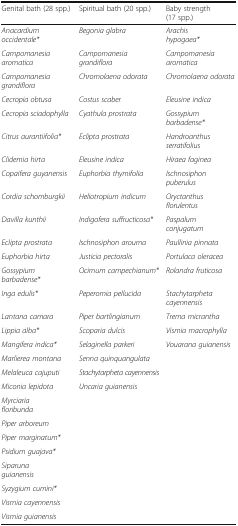
| Genital bath (28 spp.) | Spiritual bath (20 spp.) | Baby strength (17 spp.) |
 | --- | --- | --- |
 | Anacardium occidentale* | Begonia glabra | Arachis hypogaea* |
 | Campomanesia aromatica | Campomanesia grandiflora | Campomanesia aromatica |
 | Campomanesia grandiflora | Chromolaena odorata | Chromolaena odorata |
 | Cecropia obtusa | Costus scaber | Eleusine indica |
 | Cecropia sciadophylla | Cyathula prostrata | Gossypium barbadense* |
 | Citrus aurantiifolia* | Eclipta prostrata | Handroanthus serratifolius |
 | Clidemia hirta | Eleusine indica | Hiraea faginea |
 | Copaifera guyanensis | Euphorbia thymifolia | Ischnosiphon puberulus |
 | Cordia schomburgkii | Heliotropium indicum | Oryctanthus florulentus |
 | Davilla kunthii | Indigofera suffructicosa* | Paspalum conjugatum |
 | Eclipta prostrata | Ischnosiphon arouma | Paullinia pinnata |
 | Euphorbia hirta | Justicia pectoralis | Portulaca oleracea |
 | Gossypium barbadense* | Ocimum campechianum* | Rolandra fruticosa |
 | Inga edulis* | Peperomia pellucida | Stachytarpheta cayennensis |
 | Lantana camara | Piper bartlingianum | Trema micrantha |
 | Lippia alba* | Scoparia dulcis | Vismia macrophylla |
 | Mangifera indica* | Selaginella parkeri | Vouarana guianensis |
 | Marlierea montana | Senna quinquangulata |  |
 | Melaleuca cajuputi | Stachytarpheta cayennensis |  |
 | Miconia lepidota | Uncaria guianensis |  |
 | Myrciaria floribunda |  |  |
 | Piper arboreum |  |  |
 | Piper marginatum* |  |  |
 | Psidium guajava* |  |  |
 | Siparuna guianensis |  |  |
 | Syzygium cumini* |  |  |
 | Vismia cayennensis |  |  |
 | Vismia guianensis |  |  |